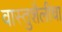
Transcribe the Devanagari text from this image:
वास्तुशैलीचा